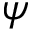
\psi